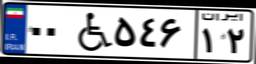
۰۰W۵۴۶۱۲